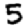
Digit: 5